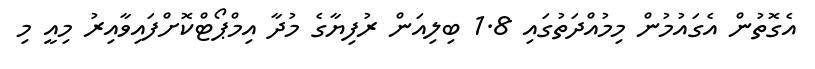
އެގޮތުން އެގައުމުން މިމުއްދަތުގައި 1.8 ބިލިއަން ރުފިޔާގެ މުދާ އިމްޕޯޓްކޮށްފައިވާއިރު މިއީ މި